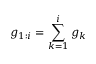
g _ { 1 : i } = \sum _ { k = 1 } ^ { i } g _ { k }